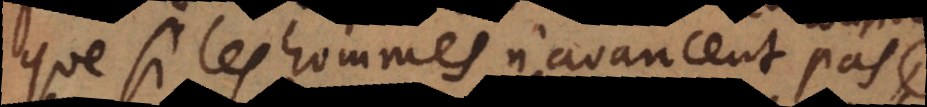
que si les hommes n’avancent pas,